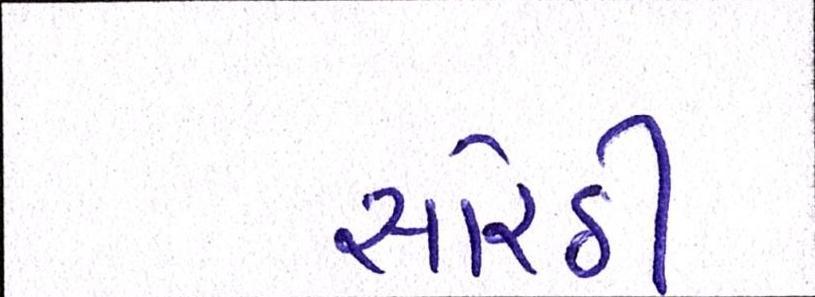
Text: સોરઠી